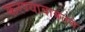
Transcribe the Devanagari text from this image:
करण्याबाबतचे